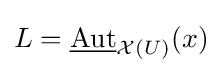
L={\underline {\text{Aut}}}_{{\mathcal {X}}(U)}(x)